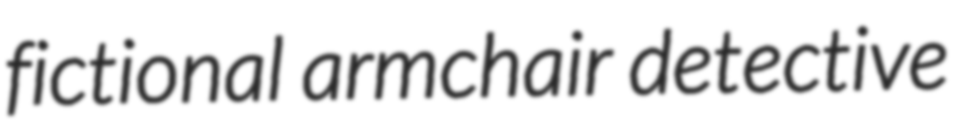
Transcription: fictional armchair detective